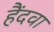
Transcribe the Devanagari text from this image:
हैंदवा